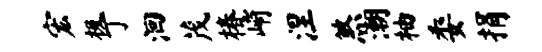
宏极丁洄茂椿峭涅煞潮柚委捐